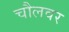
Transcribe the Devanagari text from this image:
चौलवर